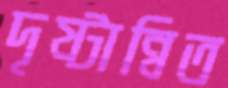
দৃষ্টান্বিত